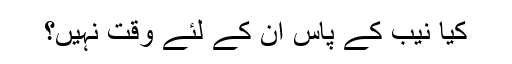
کیا نیب کے پاس ان کے لئے وقت نہیں؟